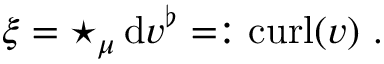
\xi = \star _ { \mu } \, \mathrm { d } v ^ { \flat } = : \mathrm { c u r l } ( v ) \ .